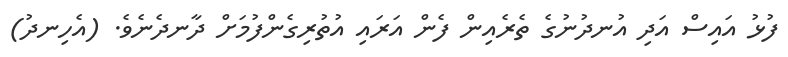
ފުޅު އައިސް އަދި އުނދުނުގެ ތެރެއިން ފެން އަރައި އުތުރިގެންފުމަށް ދާނދެނެވެ. (އެހިނދު)